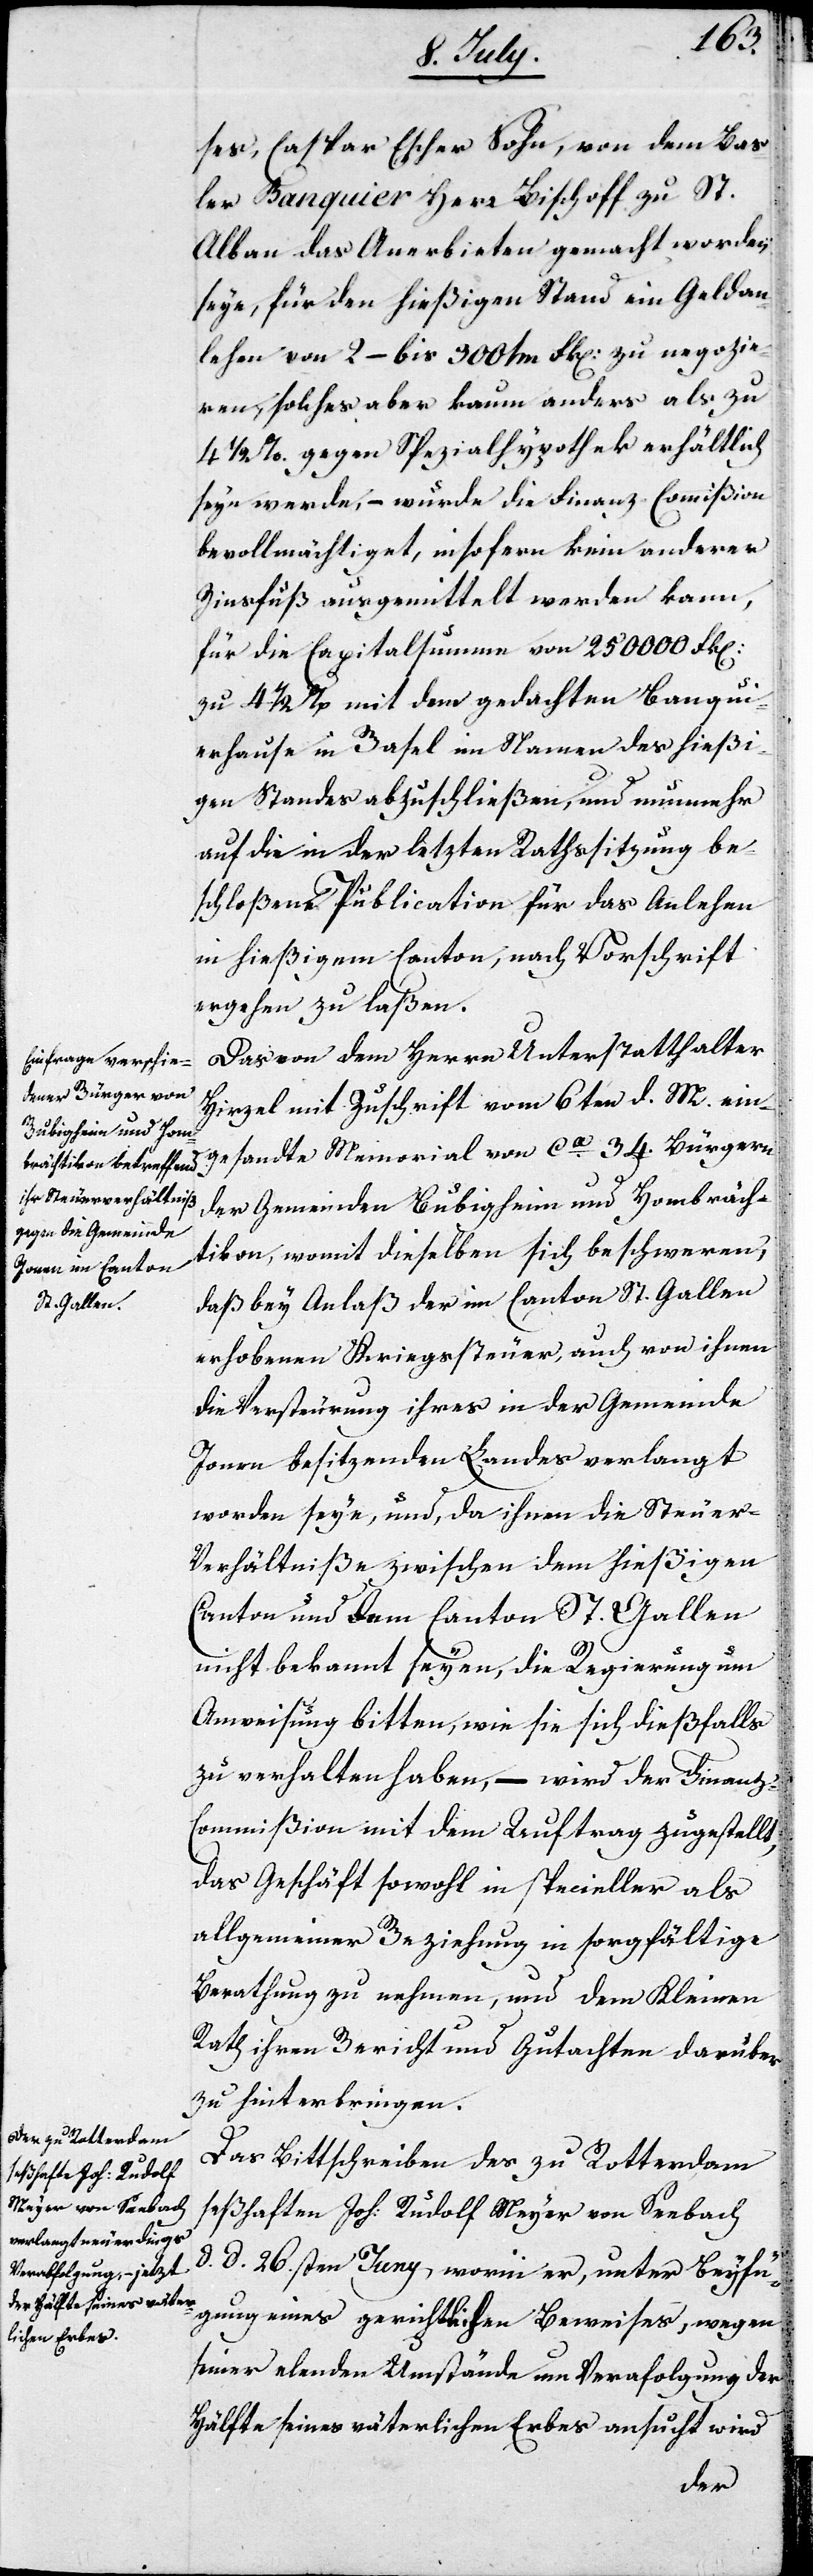
ses, Caspar Escher Sohn, von dem Bas¬
ler Banquier Herr Bischoff zu St.
Alban das Anerbieten gemacht worden
seye, für den hießigen Stand ein Geldan¬
lehen von 2- bis 300tm Frk. zu negozie¬
ren, solches aber kaum anders als zu
4 ½ %. gegen Spezialhypothek erhältlich
seyn werde, – wurde die Finanz-Commißion
bevollmächtiget, insofern kein anderer
Zinsfuß ausgemittelt werden kann,
für die Capitalsumme von 250000 Frk.
zu 4 ½ % mit dem gedachten Banqui¬
gen Standes abzuschließen, und nunmehr
auf die in der letzten Rathssitzung be¬
schloßene Publication für das Anlehen
in hießigem Canton, nach Vorschrift
ergehen zu laßen.
Das von dem Herren Unterstatthalter
Hirzel mit Zuschrift vom 6ten d. M. ein¬
gesandte Memorial von ca. 34. Bürgern
der Gemeinden Bubigheim und Hombräch¬
tikon, womit dieselben sich beschweren,
daß bey Anlaß der im Canton St. Gallen
erhobenen Kriegssteuer, auch von ihnen
die Versteurung ihres in der Gemeinde
Jonen besitzenden Landes verlangt
worden seye, und, da ihnen die Steuer¬
verhältniße zwischen dem hießigen
Canton und dem Canton St. Gallen
nicht bekannt seyen, die Regierung um
Anweisung bitten, wie sie sich dießfalls
zu verhalten haben, – wird der Finanz-C¬
ommißion mit dem Auftrag zugestellt,
das Geschäft sowohl in specieller als
allgemeiner Beziehung in sorgfältige
Berathung zu nehmen und dem Kleinen
Rath ihren Bericht und Gutachten z¬
u hinterbringen.
Das Bittschreiben des zu Rotterdam
seßhaften Joh. Rudolf Meyer von Seebach
d. d. 26sten Juny, worin er, unter Beyfü¬
gung eines gerichtlichen Beweises, wegen
seiner elenden Umstände um Verabfolgung der
Hälfte seines väterlichen Erbes ansucht wird
hießi¬